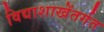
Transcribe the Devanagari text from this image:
विद्याशाखेंतर्गत